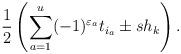
LaTeX: \begin{gather*}{1\over 2}\left(\sum_{a=1}^u (-1)^{\varepsilon_a}t_{i_a}\pm sh_k\right).\end{gather*}